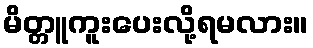
မိတ္တူကူးပေးလို့ရမလား။